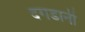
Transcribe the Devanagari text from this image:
दगडानी